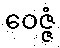
ဝေဇ္ဇံ